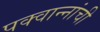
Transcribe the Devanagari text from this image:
पक्वान्‍नांची